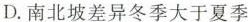
D.南北坡差异冬季大于夏季